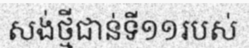
សង់ថ្មីជាន់ទី១១របស់